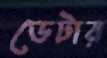
ডেটার